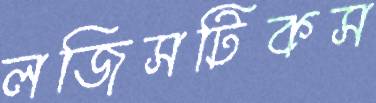
লজিসটিকস